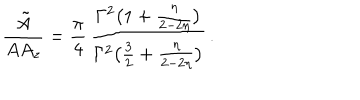
\frac { { \tilde { A } } } { A A _ { z } } = \frac { \pi } { 4 } \, \frac { \Gamma ^ { 2 } \big ( 1 + \frac { \eta } { 2 - 2 \eta } \big ) } { \Gamma ^ { 2 } \big ( \frac { 3 } { 2 } + \frac { \eta } { 2 - 2 \eta } \big ) } \, .